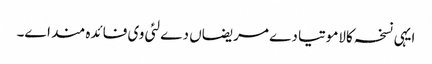
ایہی نسخہ کالاموتیا دے مریضاں دے لئی وی فائدہ مند ا‏‏ے۔